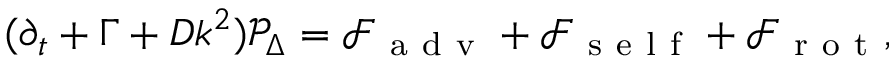
( \partial _ { t } + \Gamma + D k ^ { 2 } ) \mathcal { P } _ { \Delta } = \mathcal { F } _ { \mathrm { ~ a ~ d ~ v ~ } } + \mathcal { F } _ { \mathrm { ~ s ~ e ~ l ~ f ~ } } + \mathcal { F } _ { \mathrm { ~ r ~ o ~ t ~ } } ,